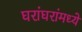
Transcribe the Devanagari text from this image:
घरांघरांमध्ये